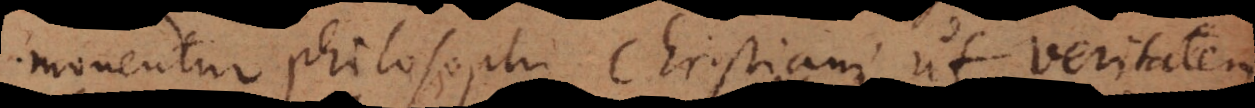
monentur philosophi Christiani ut veritatem